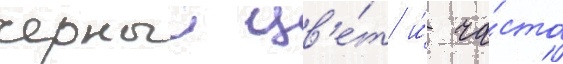
черныи цв'е́т и́ ча́сто